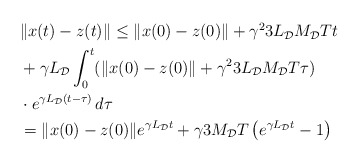
\begin{align*}\begin{aligned}&\|x(t)-z(t)\| \le \|x(0)-z(0) \|+ \gamma^2 3 L_\mathcal{D} M_\mathcal{D} T t\\& + \gamma L_\mathcal{D} \int_0^t (\|x(0)-z(0) \|+ \gamma^2 3 L_\mathcal{D} M_\mathcal{D} T \tau)\\& \cdot e^{\gamma L_\mathcal{D} (t-\tau)}\,d\tau\\ & = \|x(0)-z(0) \| e^{\gamma L_\mathcal{D}t} + \gamma 3 M_\mathcal{D} T \left(e^{\gamma L_\mathcal{D}t} -1\right)\end{aligned}\end{align*}